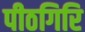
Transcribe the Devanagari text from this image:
पीठगिरि